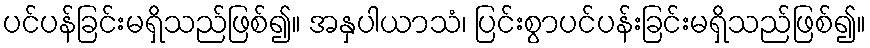
ပင်ပန်ခြင်းမရှိသည်ဖြစ်၍။ အနှပါယာသံ၊ ပြင်းစွာပင်ပန်းခြင်းမရှိသည်ဖြစ်၍။